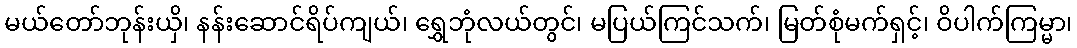
မယ်တော်ဘုန်းယှိ၊ နန်းဆောင်ရိပ်ကျယ်၊ ရွှေဘုံလယ်တွင်၊ မပြယ်ကြင်သက်၊ မြတ်စုံမက်ရှင့်၊ ဝိပါက်ကြမ္မာ၊